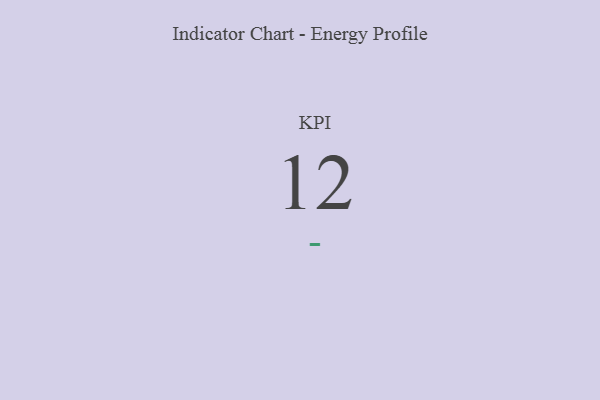
{"axis": {"x": "KPI", "y": "Value"}, "legend": [""], "data": [{"x": "KPI", "y": 12, "type": ""}]}